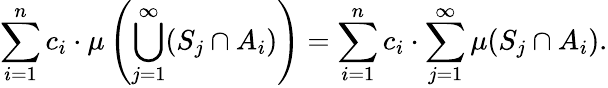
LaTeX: \sum_{i=1}^{n}c_{i}\cdot\mu\left(\bigcup_{j=1}^{\infty}(S_{j}\cap A_{i})\right)=\sum_{i=1}^{n}c_{i}\cdot\sum_{j=1}^{\infty}\mu(S_{j}\cap A_{i}).